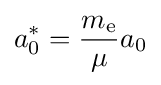
a_{0}^{*}={\frac {m_{\text{e}}}{\mu }}a_{0}